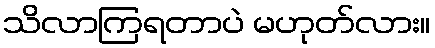
သိလာကြရတာပဲ မဟုတ်လား။